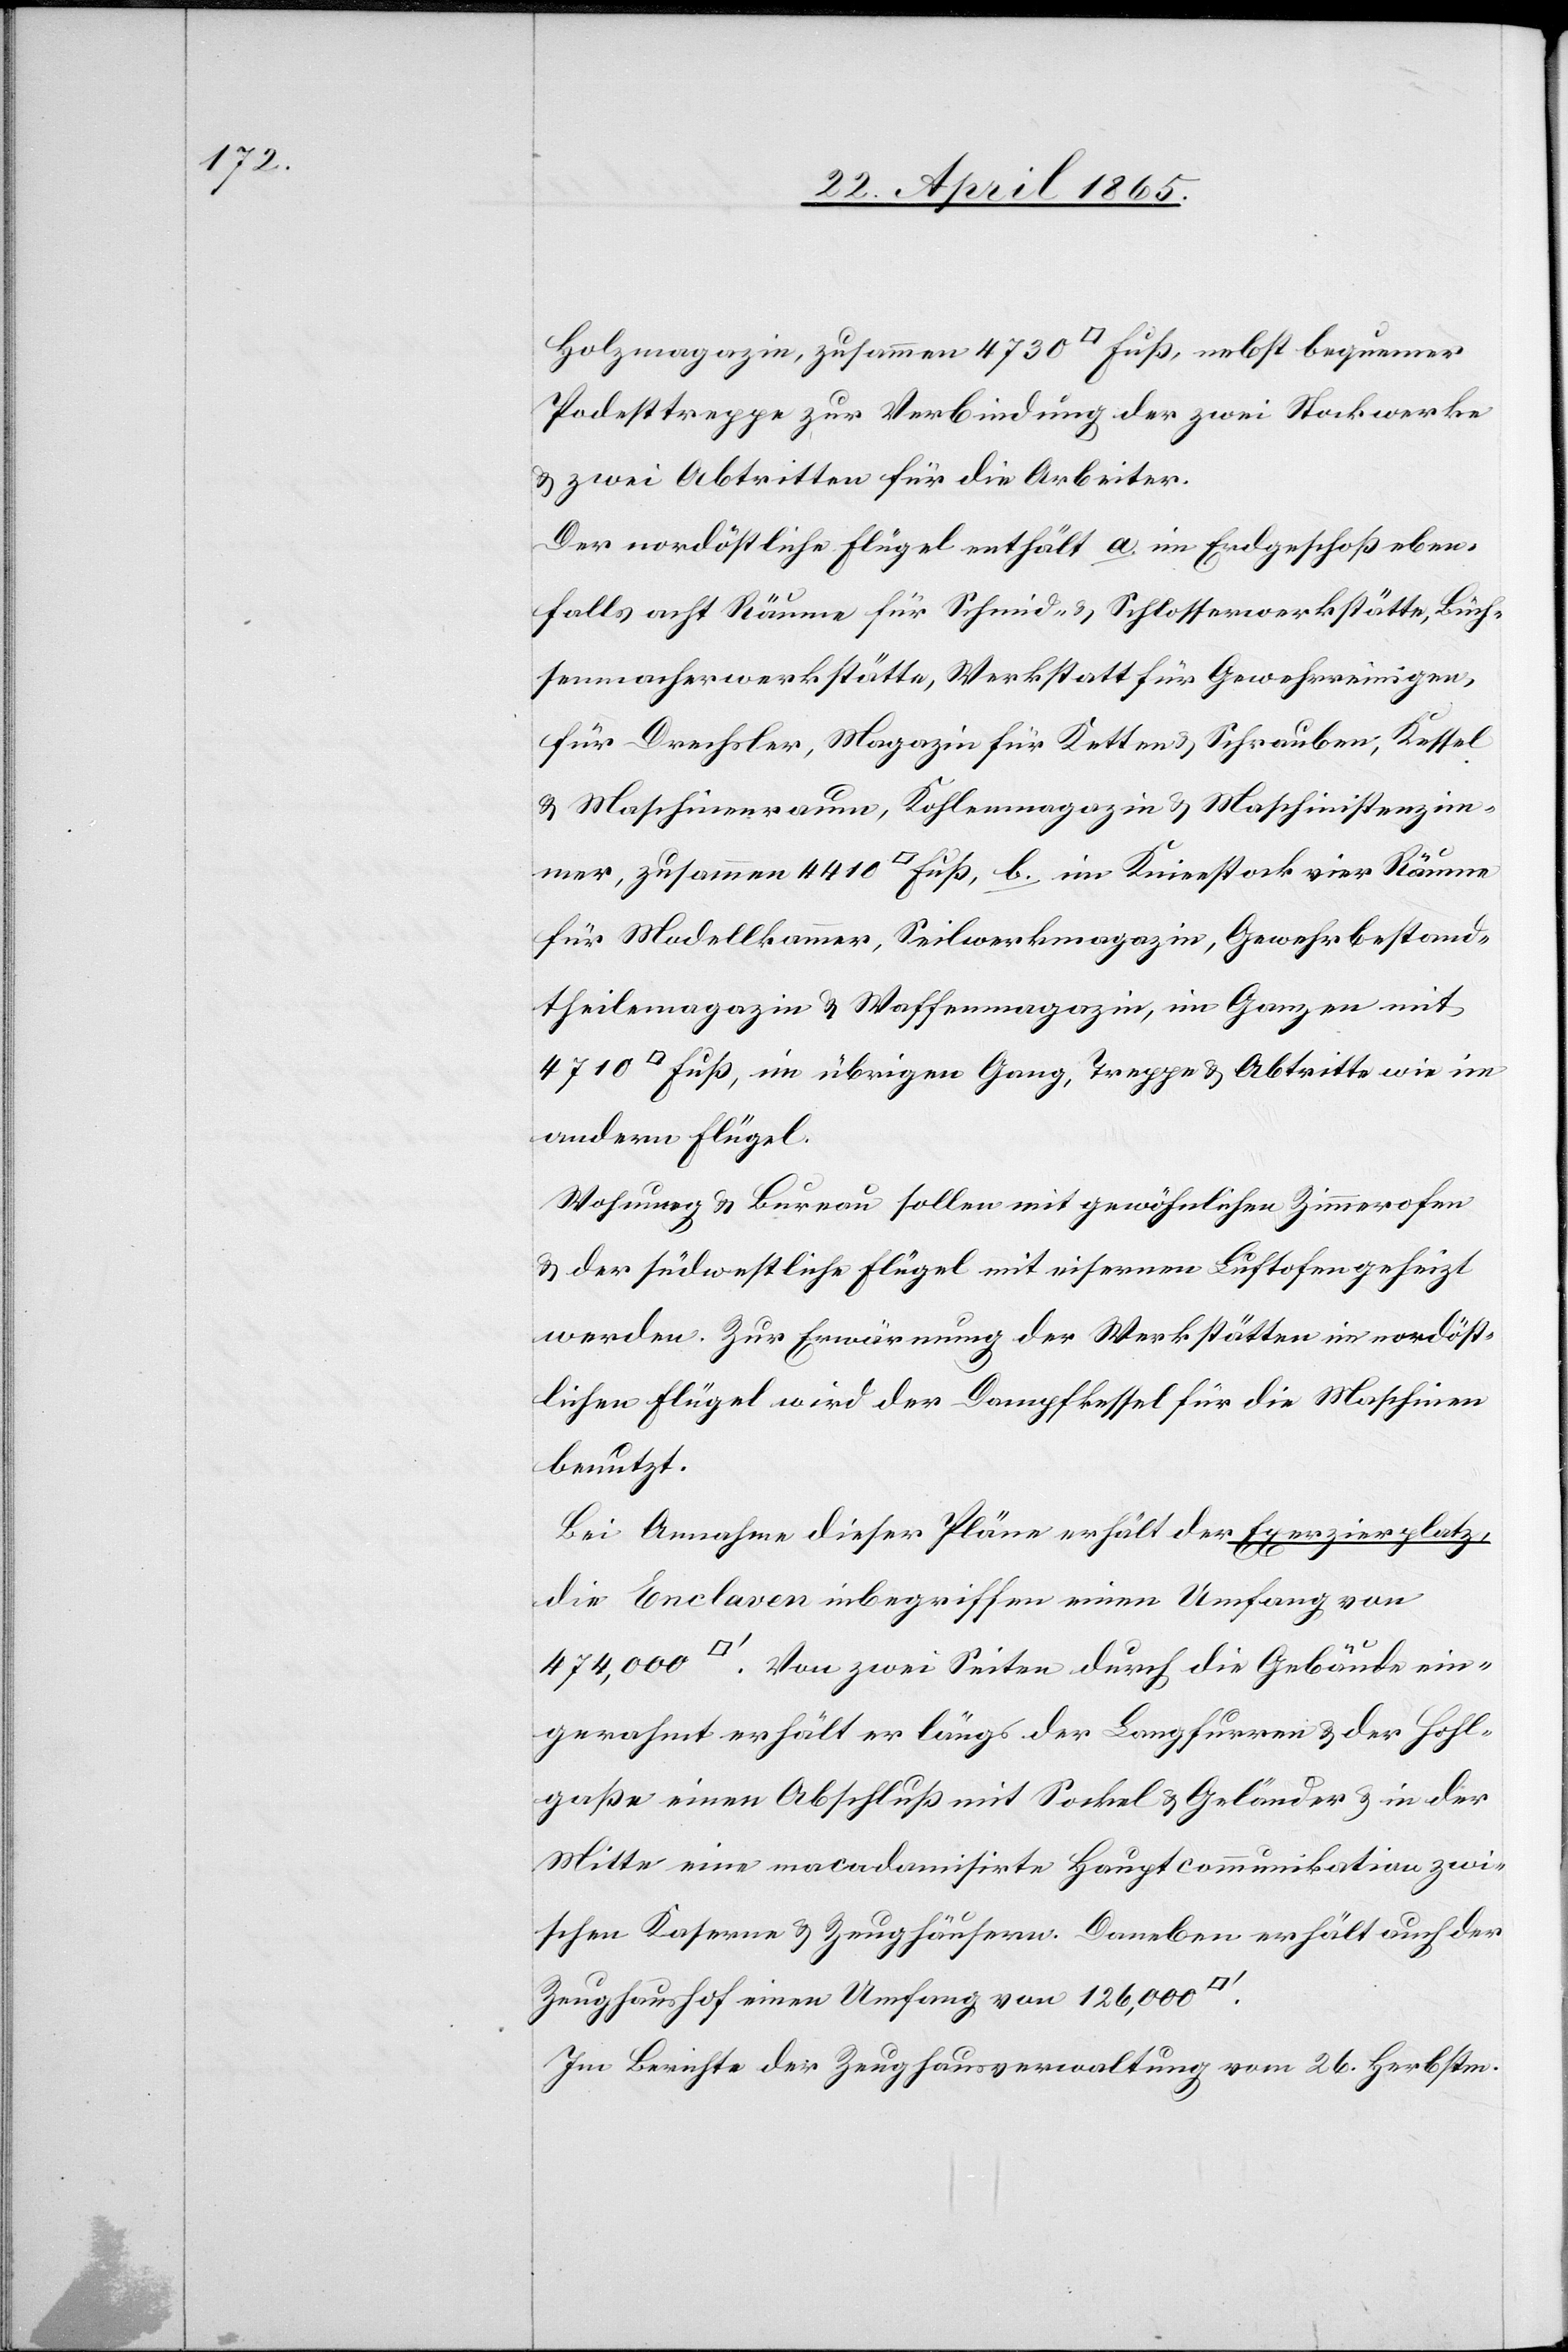
Holzmagazin, zusammen 4730 [Quadrat] Fuß, nebst bequemer
Podesttreppe zur Verbindung der zwei Stockwerke
& zwei Abritten für die Arbeiter.
Der nordöstliche Flügel enthält a. im Erdgeschoß eben¬
falls acht Räume für Schmid- & Schlosserwerkstätte, Büch¬
senmacherwerkstätte, Werkstatt für Gewehrreinigen,
für Drechsler, Magazin für Ketten & Schrauben, Kessel
& Maschinenraum, Kohlenmagazin & Maschinistenzim¬
mer, zusammen 4410 [Quadrat] Fuß, b. im Knieestock vier Räume
für Modellkammer, Seilwerkmagazin, Gewehrbestand¬
theilemagazin & Waffenmagazin, im Ganzen mit
Fuß, im übrigen Gang, Treppe & Abtritte wie im
andern Flügel.
Wohnung & Bureau sollen mit gewöhnlichen Zimmerofen
& der südwestliche Flügel mit eisernen Luftofen geheizt
werden. Zur Erwärmung der Werkstätten im nordöst¬
lichen Flügel wird der Dampfkessel für die Maschinen
benutzt.
Bei Annahme dieser Pläne erhält der Exerzierplatz,
die Enclaven inbegriffen einen Umfang von
474,000 [Quadratfuss]. Von zwei Seiten durch die Gebäude ein¬
gerahmt erhält er längs der Langfurren & der Hohl¬
gaße einen Abschluß mit Sockel & Geländer & in der
Mitte eine macadamisirte Hauptcommunikation zwi¬
schen Kaserne & Zeughäusern. Daneben erhält auch der
Zeughaushof einen Umfang von 126,000
Im Berichte der Zeughausverwaltung vom 26. Herbstm.